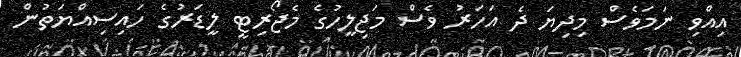
އިއްވި ނަމަވެސް މިދިޔަ ދެ އަހަރު ވެސް މަޖިލީހުގެ މެޖޯރިޓީ ލީޑަރުގެ ހައިސިއްޔަތުން